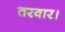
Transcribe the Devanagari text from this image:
तरवार।